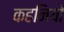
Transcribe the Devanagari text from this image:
कहनियो